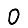
Digit: 0